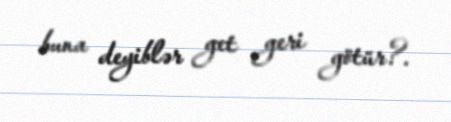
buna deyiblər get geri götür?.